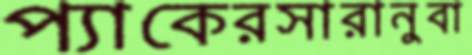
প্যাকেরসারানুবা